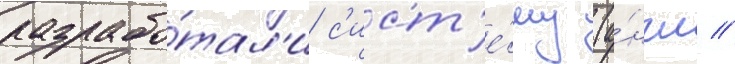
разрабо́тал'и с'ист'е́му (а́нгл //